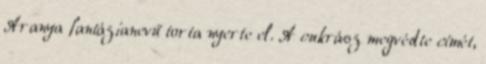
Aranya fantázianevű torta nyerte el. A cukrász megvédte címét,